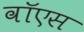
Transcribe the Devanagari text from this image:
वॉएस